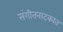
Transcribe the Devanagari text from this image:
संगीतनाटकात